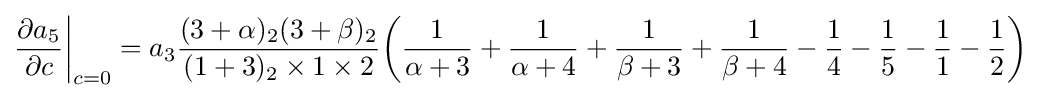
{\frac {\partial a_{5}}{\partial c}}{\bigg \vert }_{c=0}=a_{3}{\frac {(3+\alpha )_{2}(3+\beta )_{2}}{(1+3)_{2}\times 1\times 2}}{\bigg (}{\frac {1}{\alpha +3}}+{\frac {1}{\alpha +4}}+{\frac {1}{\beta +3}}+{\frac {1}{\beta +4}}-{\frac {1}{4}}-{\frac {1}{5}}-{\frac {1}{1}}-{\frac {1}{2}}{\bigg )}